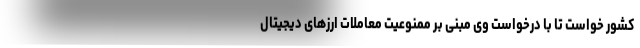
کشور خواست تا با درخواست وی مبنی بر ممنوعیت معاملات ارزهای دیجیتال